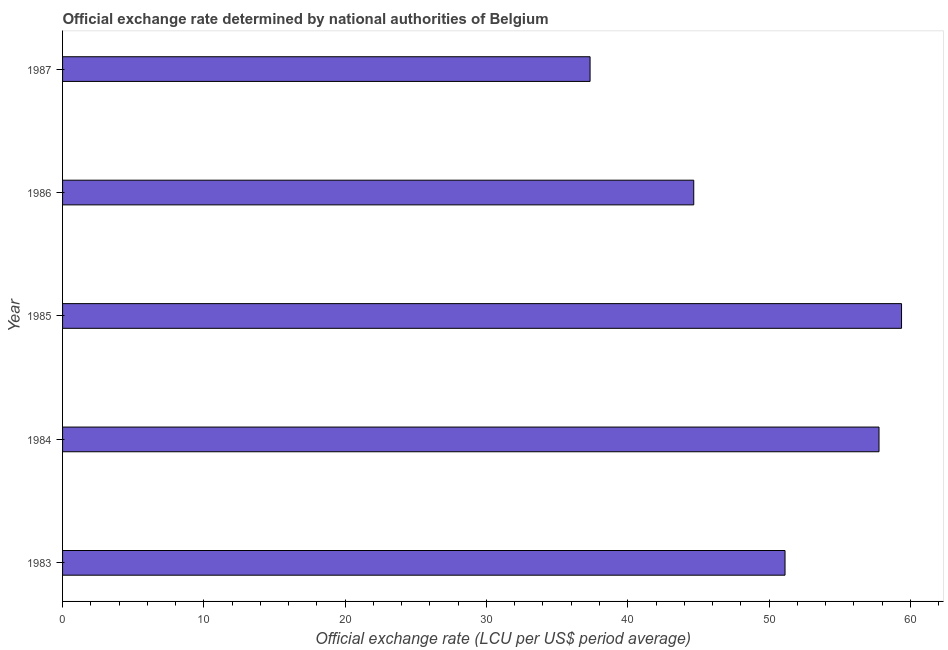
| Year | Official exchange rate |
 | --- | --- |
 | 1983 | 51.1 |
 | 1984 | 57.8 |
 | 1985 | 59.4 |
 | 1986 | 44.7 |
 | 1987 | 37.3 |